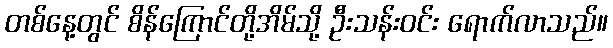
တစ်နေ့တွင် စိန်ကြောင်တို့အိမ်သို့ ဦးသန်းဝင်း ရောက်လာသည်။